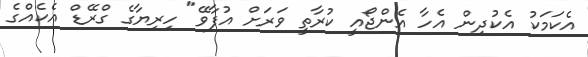
އެކަމަކު އެކުދިން އެހާ އެންޖޯއީ ކުރާތީ ވަރަށް އުފާވޭ" ހިރިޔާގެ ގްރޭޑް އެކެއްގެ